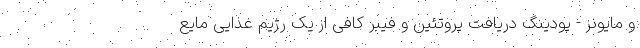
و مایونز - پودینگ دریافت پروتئین و فیبر کافی از یک رژیم غذایی مایع